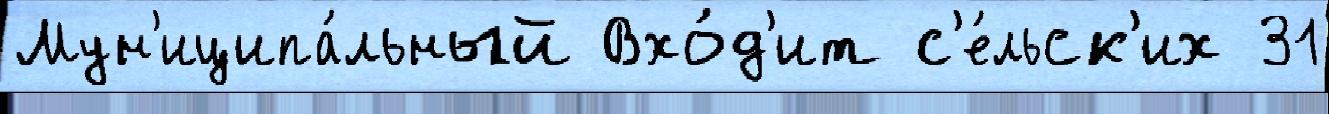
Мун'иципа́льный Вхо́д'ит с'е́льск'их 31